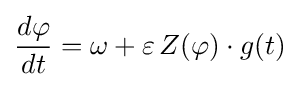
{\frac {d\varphi }{dt}}=\omega +\varepsilon \,Z(\varphi )\cdot g(t)